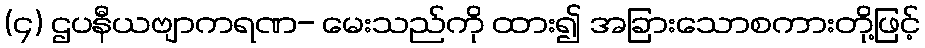
(၄) ဌပနီယဗျာကရဏ- မေးသည်ကို ထား၍ အခြားသောစကားတို့ဖြင့်